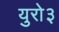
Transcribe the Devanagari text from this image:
युरो३